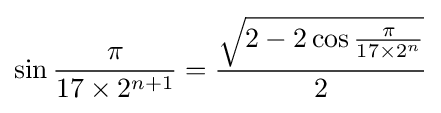
\sin {\frac {\pi }{17\times 2^{n+1}}}={\frac {\sqrt {2-2\cos {\frac {\pi }{17\times 2^{n}}}}}{2}}